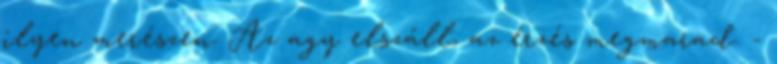
ilyen merészen. Az agy elszáll, az érzés megmarad. -